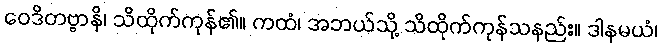
ဝေဒိတဗ္ဗာနိ၊ သိထိုက်ကုန်၏။ ကထံ၊ အဘယ်သို့ သိထိုက်ကုန်သနည်း။ ဒါနမယံ၊